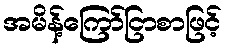
အမိန့်ကြော်ငြာစာဖြင့်